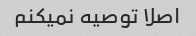
اصلا توصیه نمیکنم